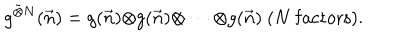
g ^ { \tilde { \otimes } N } ( \vec { n } ) = g ( \vec { n } ) { \otimes } g ( \vec { n } ) { \otimes } \cdots { \otimes } g ( \vec { n } ) ~ ( N \mathrm { { ~ f a c t o r s } } ) .